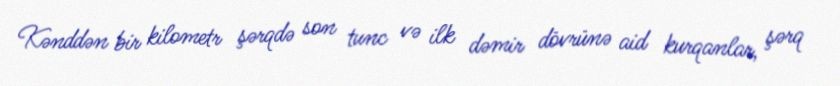
Kənddən bir kilometr şərqdə son tunc və ilk dəmir dövrünə aid kurqanlar, şərq